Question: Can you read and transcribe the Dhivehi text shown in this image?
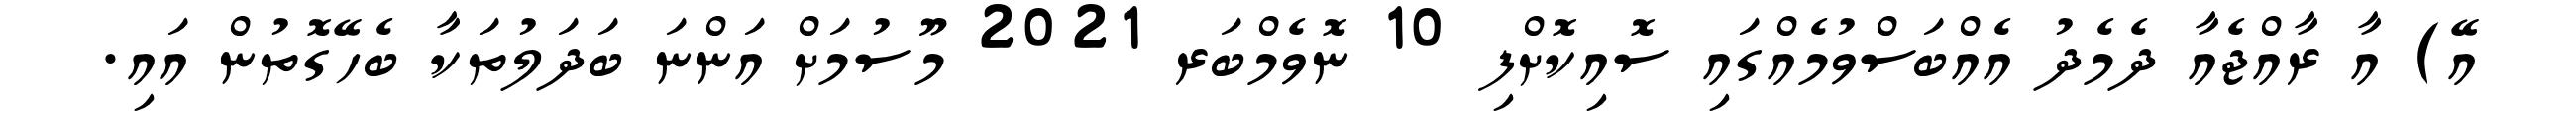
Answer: އޭ) އާ ރާއްޖެއާ ދެމެދު އެއްބަސްވުމެއްގައި ސޮއިކޮށްފި 10 ނޮވެމްބަރ 2021 މޫސުމަށް އަންނަ ބަދަލުތަކާ ބެހޭގޮތުން އައި.